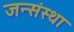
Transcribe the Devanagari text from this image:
जन्संस्था